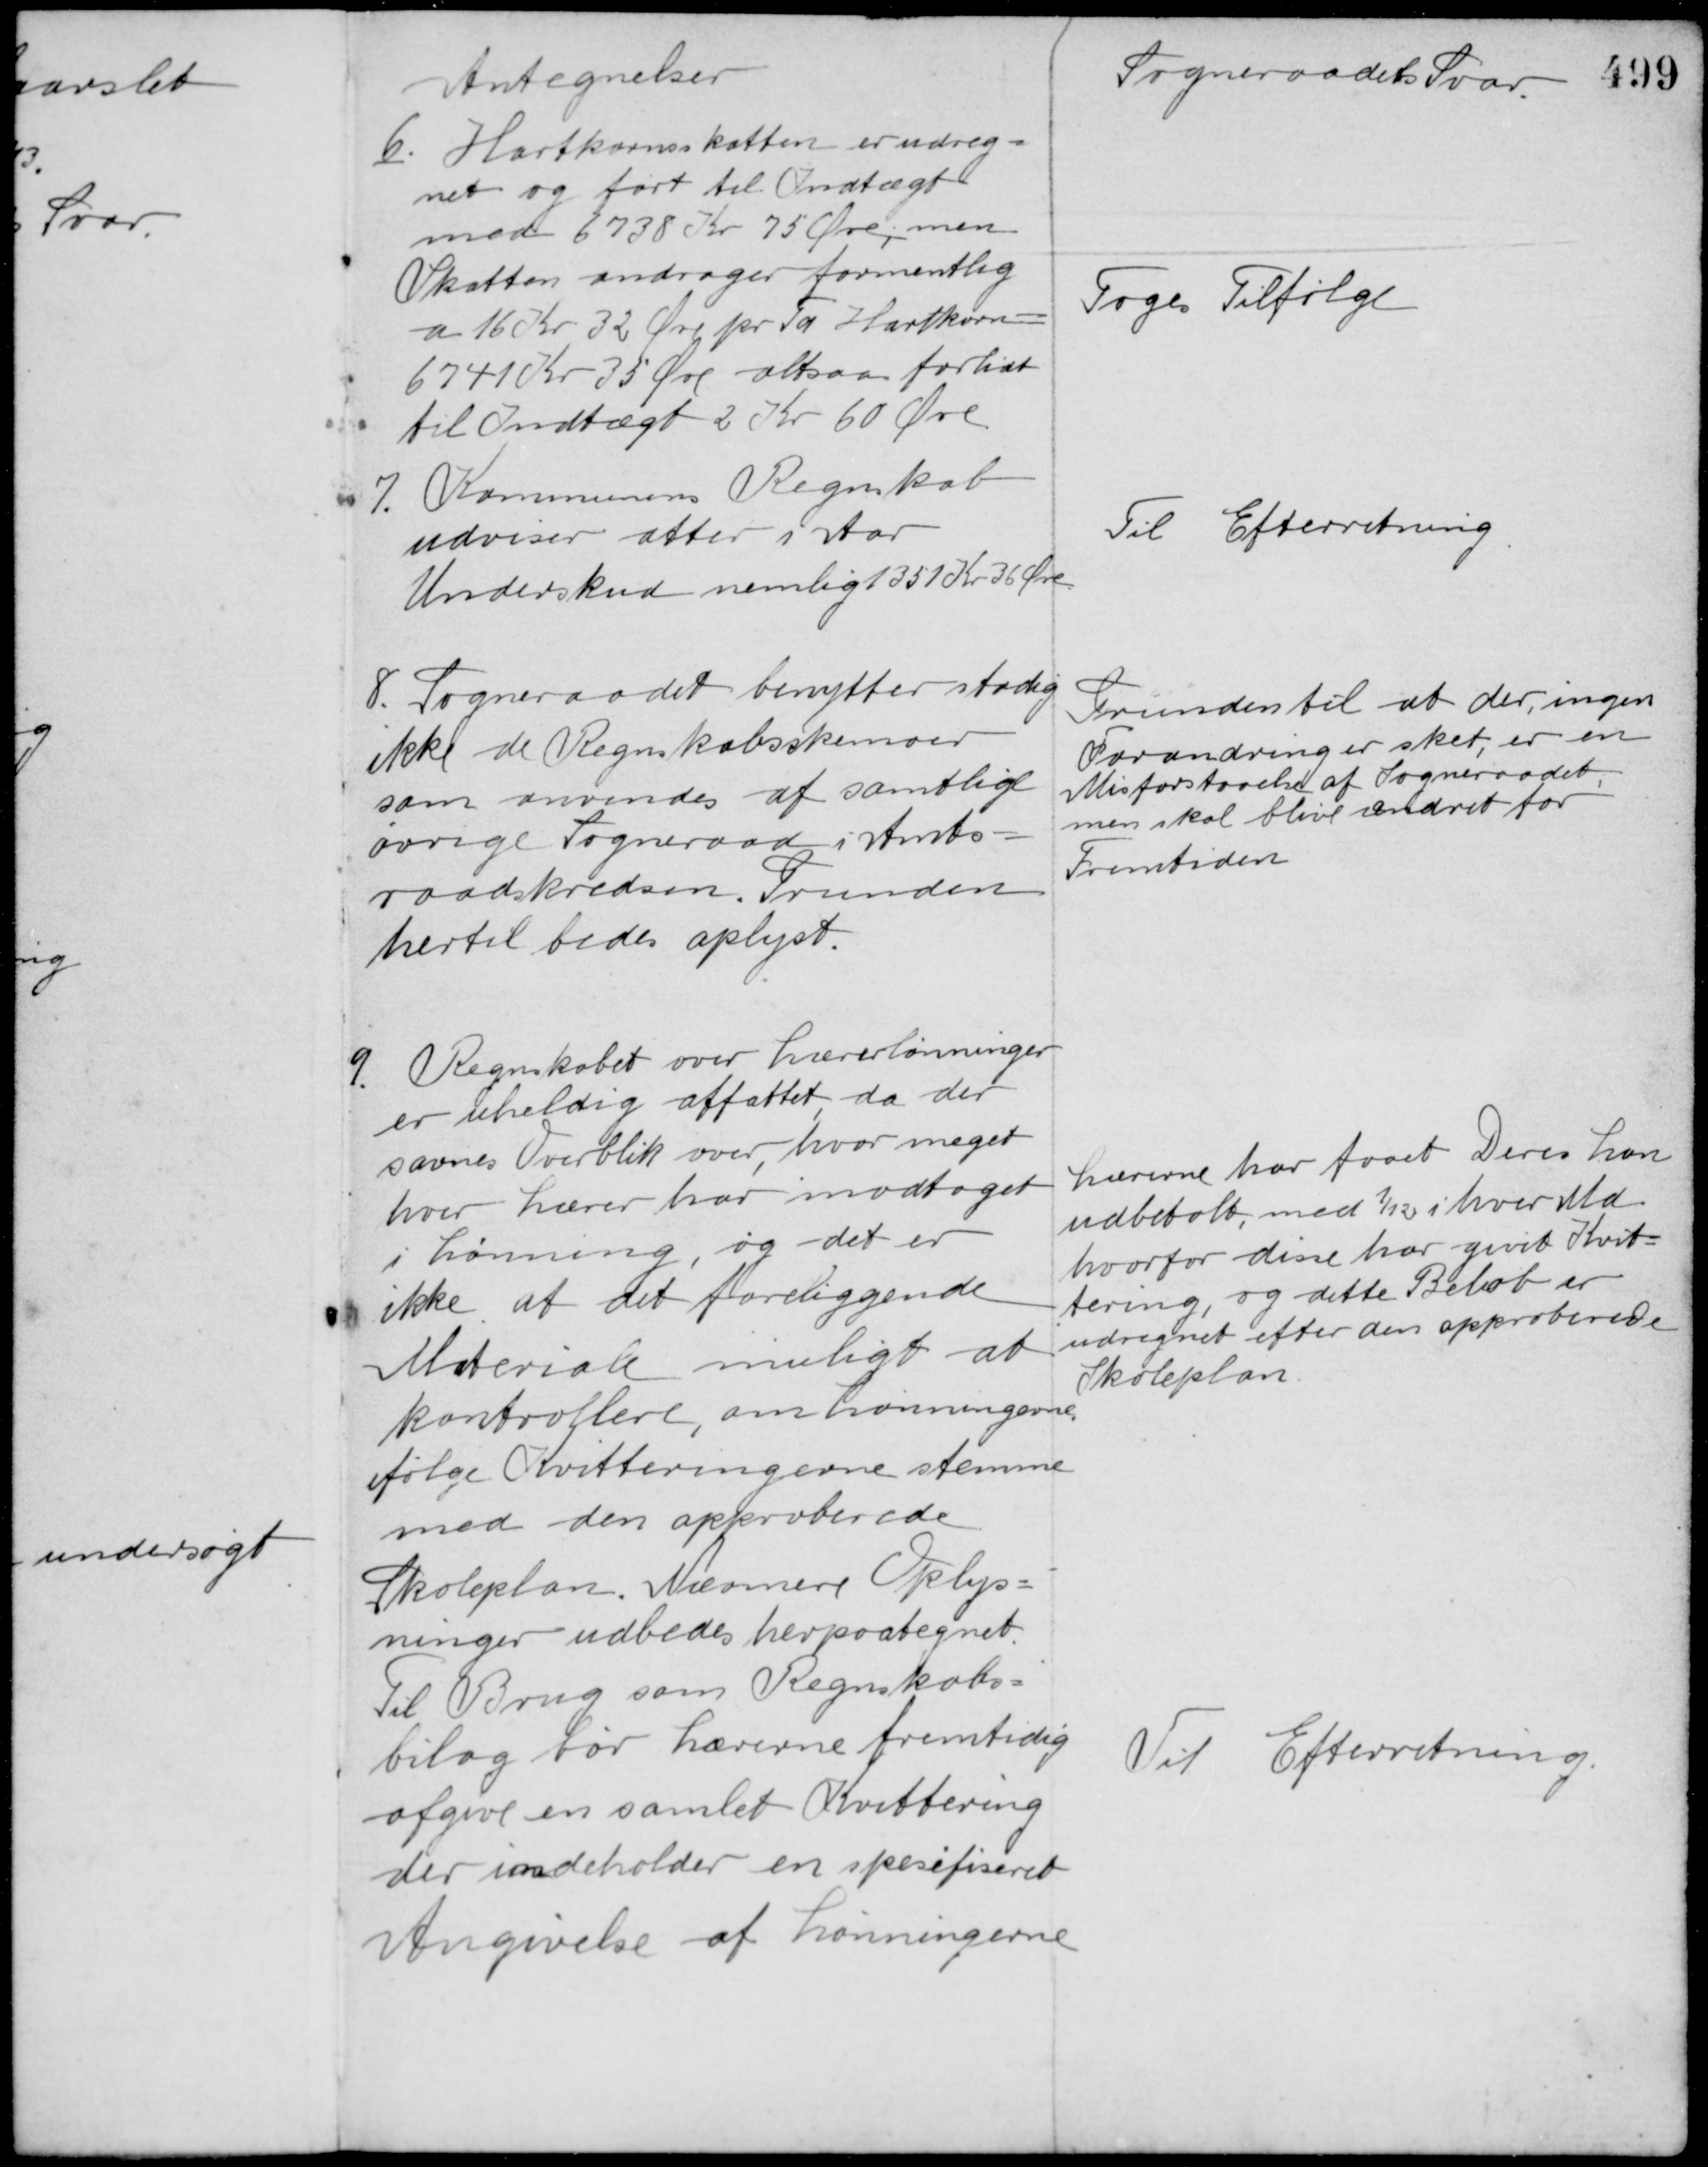
Transskription:
Antegnelser

Sogneraadets Svar

6. Hartkornsskatten er udreg-
net og ført til Indtægt
med 6738 Kr 75 Øre, men
Skatten andrager formentlig
a 16 Kr. 32 Øre pr Td Hartkorn
6741 Kr 35 Øre altsaa forlidt
til Indtægt 2 Kr. 60 Øre.

Toges Tilfølge

7. Kommunens Regnskab
udviser atter i Aar
Underskud nemlig 1351 Kr. 36 Øre.

Til Efterretning

8. Sogneraadet benytter stadig
ikke de Regnskabsskemaer
som anvendes af samtlige
øvrige Sogneraad i Amts-
raadskredsen. Grunden
hertil bedes oplyst.

Grunden til at der ingen
Forandringer sket, er en
Misforstaaelse af Sogneraadet
men skal blive ændret for
Fremtiden.

9. Regnskabet over Lærerlønninger
er uheldig affattet da der
savnes Overblik over, hvor meget
hver Lærer har modtaget
i Lønning, og det er
ikke af det foreliggende
Materiale muligt at
kontrollere, om Lønningerne
ifølge Kvitteringerne stemme
med den approberede
Skoleplan. Nærmere Oplys-
ninger udbedes herpaategnet.

Lærerne har faaet Deres Løn
udbetalt, med 1/12 i hver Md. 
hvorfor disse har givet Kvit-
tering, og dette Beløb er
udregnet efter den approberede
Skoleplan.

Til Brug som Regnskabs-
bilag bør Lærerne fremtidig
afgive en samlet Kvittering
der indeholder en specifiseret
Angivelse af Lønningerne.

Til Efterretning.